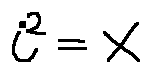
i ^ { 2 } = x